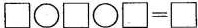
$$\Box \bigcirc \Box \bigcirc \Box = \Box$$